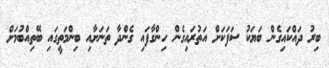
ބިރު ދައްކައިގެން ބަޔަކު ސަފަކަށް އަތުރައިގެން ހިންގާފައި ގެންދާ ތަނަށާއި ބިންމަތީގައި ބޭތިއްބުމަށް